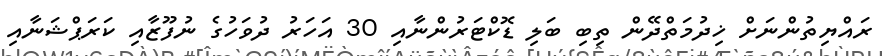
ރައްޔިތުންނަށް ޚިދުމަތްދޭން ތިބި ބަލި ޑޮކްޓަރުންނާއި 30 އަހަރު ދުވަހުގެ ނުފޫޒާއި ކަރަޕްޝަނާއި